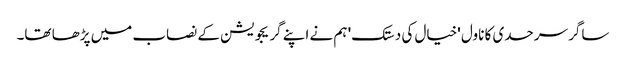
ساگر سرحدی کا ناول 'خیال کی دستک' ہم نے اپنے گریجویشن کے نصاب میں پڑھا تھا۔